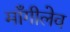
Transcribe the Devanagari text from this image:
माँगीलेव